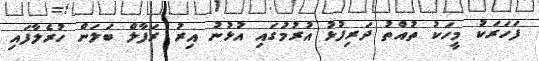
ފަހަރަކު މީހަކު ތުއްތު ދަރިފުޅު އުރުމުގައި އުޅުނު އިރު ރަފާލް ބަލަން ހުރެލާފައި